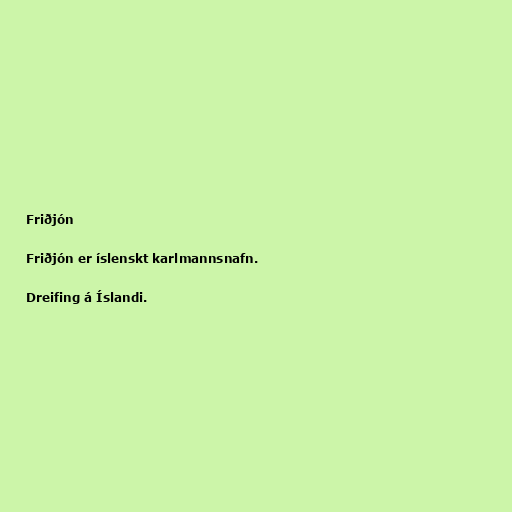
Friðjón

Friðjón er íslenskt karlmannsnafn.

Dreifing á Íslandi.